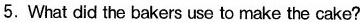
5. What did the bakers use to make the cake?